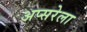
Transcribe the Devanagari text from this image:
अप्सरेला